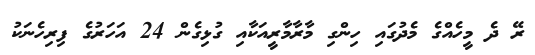
ރޭ ދެ މީހެއްގެ މެދުގައި ހިންގި މާރާމާރީއަކާއި ގުޅިގެން 24 އަހަރުގެ ފިރިހެނަކު